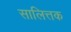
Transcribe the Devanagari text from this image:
सालित्तक